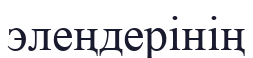
элеңдерінің